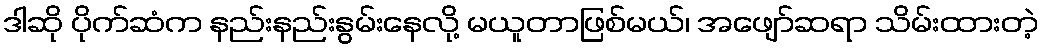
ဒါဆို ပိုက်ဆံက နည်းနည်းနွမ်းနေလို့ မယူတာဖြစ်မယ်၊ အဖျော်ဆရာ သိမ်းထားတဲ့